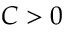
C > 0